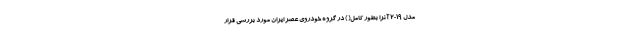
مدل 2019 آنرا بطور کامل( ) در گروه خودروی عصر ایران مورد بررسی قرار